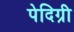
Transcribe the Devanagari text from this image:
पेदिग्री